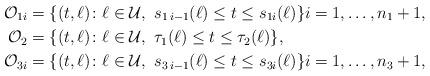
LaTeX: \begin{align*}\mathcal{O}_{1i} &=\{(t, \ell)\colon \ell \in \mathcal{U}, \ s_{1\, i-1}(\ell)\leq t\leq s_{1 i}(\ell)\} i=1,\ldots,n_1+1,\\\mathcal{O}_2 &=\{(t, \ell)\colon \ell \in \mathcal{U}, \ \tau_1(\ell)\leq t\leq \tau_2(\ell)\},\\\mathcal{O}_{3i} &=\{(t, \ell)\colon \ell \in \mathcal{U}, \ s_{3\, i-1}(\ell)\leq t\leq s_{3 i}( \ell)\} i=1,\ldots,n_3+1,\end{align*}